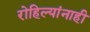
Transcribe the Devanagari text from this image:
रोहिल्यांनाही